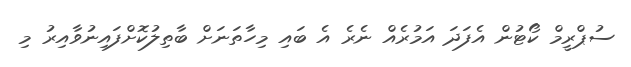
ސުޕްރީމް ކޯޓުން އެފަދަ އަމުރެއް ނެރެ އެ ބައި މިހާތަނަށް ބާތިލުކޮށްފައިނުވާއިރު މި